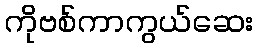
ကိုဗစ်ကာကွယ်ဆေး